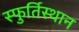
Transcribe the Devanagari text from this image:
स्फुर्तिस्थान